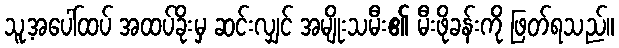
သူ့အပေါ်ထပ် အထပ်ခိုးမှ ဆင်းလျှင် အမျိုးသမီး၏ မီးဖိုခန်းကို ဖြတ်ရသည်။